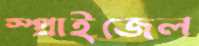
স্প্রাইজেল